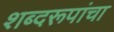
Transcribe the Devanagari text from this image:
शब्दरूपांचा